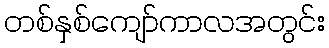
တစ်နှစ်ကျော်ကာလအတွင်း